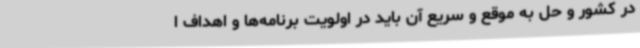
در کشور و حل به موقع و سریع آن باید در اولویت برنامه‌ها و اهداف ا